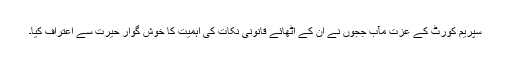
سپریم کورٹ کے عزت مآب ججوں نے ان کے اٹھائے قانونی نکات کی اہمیت کا خوش گوار حیرت سے اعتراف کیا۔